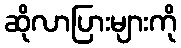
ဆိုလာပြားများကို